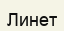
Линет